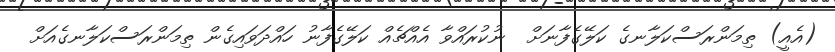
(އެއީ) ތިމަންރަސްކަލާނގެ ކަލޭގެފާނަށް  ނުކުރައްވާ އެއްޗެއް ކަލޭގެފާނު ހައްދަވައިގެން ތިމަންރަސްކަލާނގެއަށް